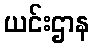
ယင်းဌာန